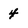
Character: 4